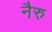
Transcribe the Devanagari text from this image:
नैरु